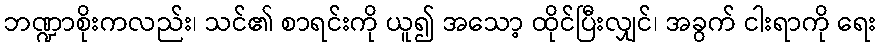
ဘဏ္ဍာစိုးကလည်း၊ သင်၏ စာရင်းကို ယူ၍ အသော့ ထိုင်ပြီးလျှင်၊ အခွက် ငါးရာကို ရေး